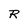
Character: R